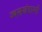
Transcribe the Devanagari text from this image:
ज्वलखंडाश्मी